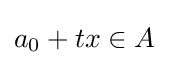
a_{0}+tx\in A